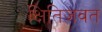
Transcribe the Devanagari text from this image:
क्षितिजवत